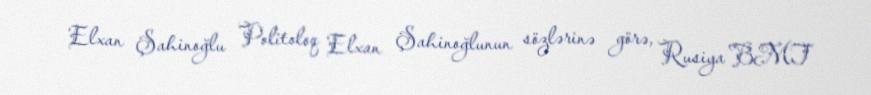
Elxan Şahinoğlu Politoloq Elxan Şahinoğlunun sözlərinə görə, Rusiya BMT